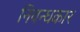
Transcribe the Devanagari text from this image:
निवन्धकार